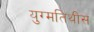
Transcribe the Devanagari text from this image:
युग्मतिथीस